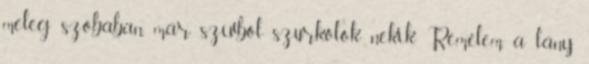
meleg szobában, már szívből szurkolok nekik. Remélem, a lány